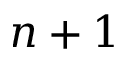
n + 1